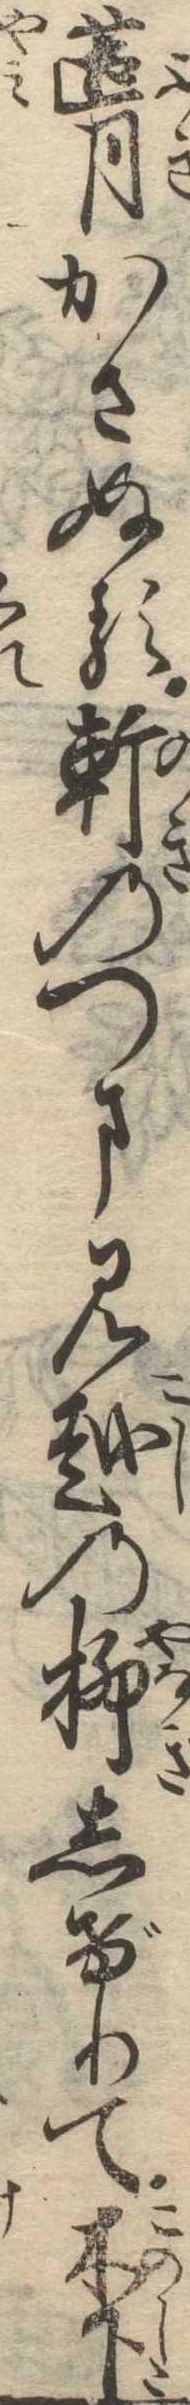
葺かさぬる軒のつま見越の柳しげりて木下